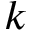
k